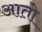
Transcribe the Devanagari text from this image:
आताे